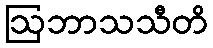
ဩဘာသသီတိ